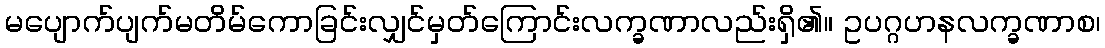
မပျောက်ပျက်မတိမ်ကောခြင်းလျှင်မှတ်ကြောင်းလက္ခဏာလည်းရှိ၏။ ဥပဂ္ဂဟနလက္ခဏာစ၊